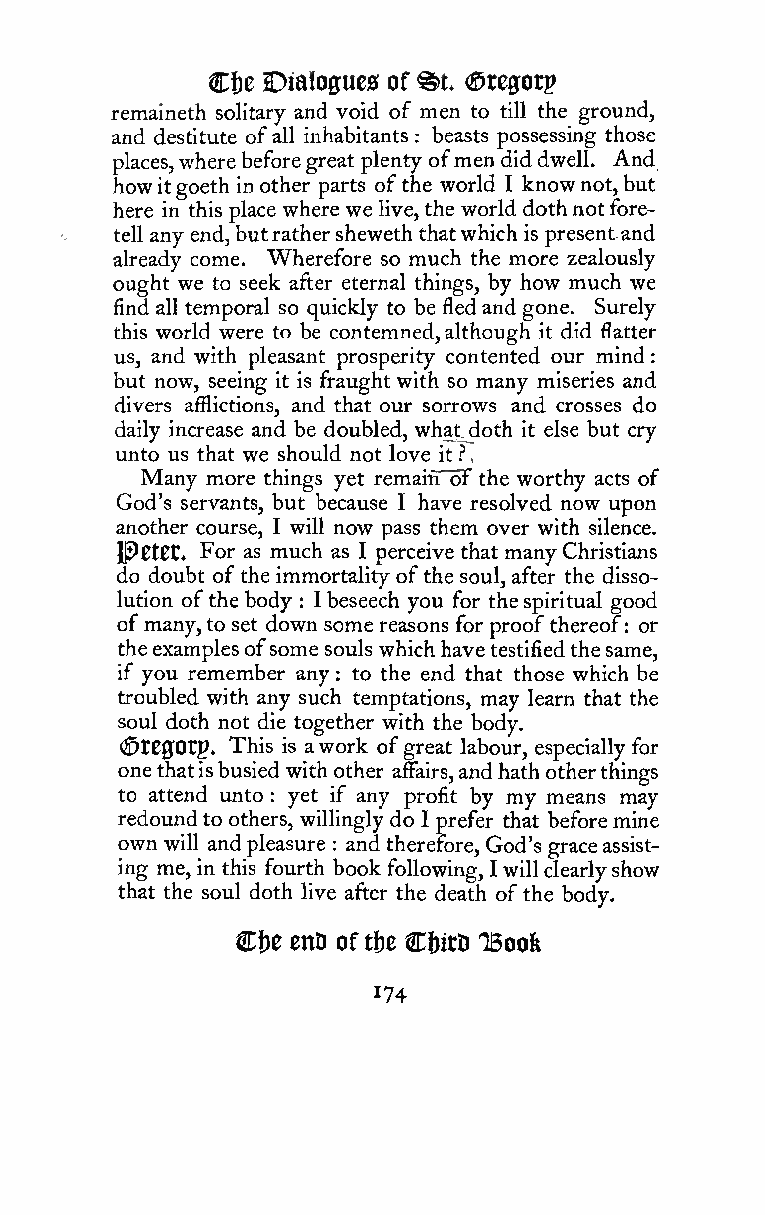
,           :
 ©t
 Cf)C Dialogues of <?5tefforp
 remaineth solitary and void of men to till the ground,
 and destitute ofall inhabitants : beasts possessing those
 places,wherebeforegreat plenty ofmendiddwell. And
 how itgoeth inother parts ofthe world I knownot,but
 here in this place where we live, the world dothnotfore-
 tell any end, butrathersheweth thatwhich is presentand
 already come. Wherefore so much the more zealously
 ought we to seek after eternal things, by how much we
 find all temporal so quickly to be fledand gone. Surely
 this world were to be contemned,although it did flatter
 us, and with pleasant prosperity contented our mind
 but now, seeing it is fraughtwith so many miseries and
 divers afflictions, and that our sorrows and crosses do
 daily increase and be doubled, whatdoth it else but cry
 unto us that we should not love it .''
 Many more things yet remaiti of the worthy acts of
 God's servants, but because I have resolved now upon
 another course, I will now pass them over with silence.
 1^0tCt. For as much as I perceive thatmanyChristians
 do doubt of the immortality ofthe soul, after the disso-
 lution ofthe body : I beseech you for thespiritual good
 ofmany,to set down some reasons for proofthereof: or
 theexamplesofsome souls whichhavetestifiedthesame,
 if you remember any to the end that those which be
 :
 troubled with any such temptations, may learn that the
 soul doth not die together with the body.
 (^tC0Otp, This is awork ofgreat labour, especially for
 onethatisbusied with other affairs,andhathotherthings
 to attend unto : yet if any profit by my means may
 redoundto others, willingly do I prefer that beforemine
 own will andpleasure
 :
 and therefore, God's graceassist-
 ing me, in this fourth book following, Iwillclearlyshow
 that the soul doth live after the death ofthe body.
 Cf)e enD oftbe CbitD TBoofe
 174